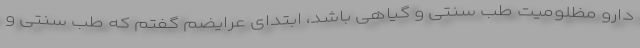
دارو مظلومیت طب سنتی و گیاهی باشد، ابتدای عرایضم گفتم که طب سنتی و